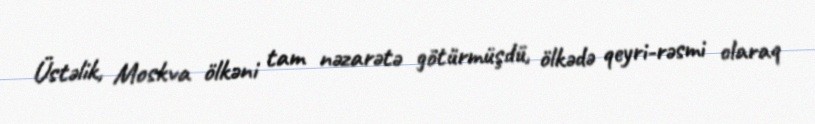
Üstəlik, Moskva ölkəni tam nəzarətə götürmüşdü, ölkədə qeyri-rəsmi olaraq